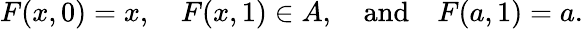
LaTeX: F(x,0)=x,\quad F(x,1)\in A,\quad{\mathrm{and}}\quad F(a,1)=a.